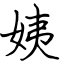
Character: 姨